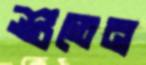
শুতেন